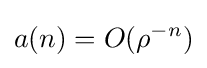
a(n)=O(\rho ^{-n})